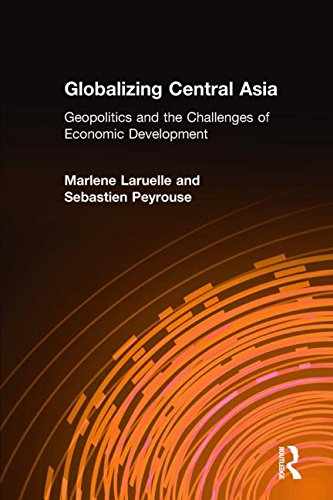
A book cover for Globalizing Central Asia: Geopolitics and the Challenges of Economic Development; Marlene Laruelle; Business & Money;